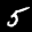
Digit: 5